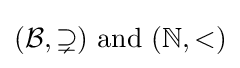
({\mathcal {B}},\supsetneq ){\text{ and }}(\mathbb {N} ,<)